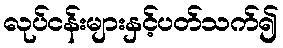
လုပ်ငန်းများနှင့်ပတ်သက်၍